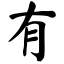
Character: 有